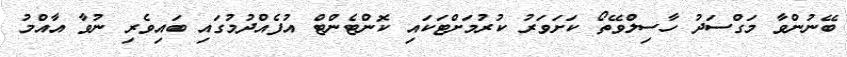
ބޭނުންވާ މަގްސަދު ހާސިލްވޭތޯ ކަށަވަރު ކުރުމަށްޓަކައި ކޮންޓެންޓް އުފެއްދުމުގައި ބައިވެރި ނުވާ އާއްމު